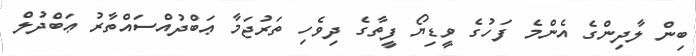
ބިން ލާދިންގެ އެންމެ ފަހުގެ ވީޑިޔޯ ފީތާގެ ދިވެހި ތަރުޖަމާ ޢަބްދުއްސައްތާރު ޢަބްދުލް